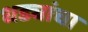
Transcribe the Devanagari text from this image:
धड्यांचा